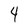
Character: 4